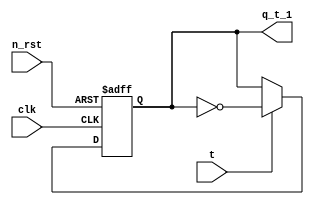
module t_ff (
    input clk,
    input n_rst,
    input t,
    output reg q_t_1 // next state
);

always @(posedge clk or negedge n_rst)
    if(!n_rst)
        q_t_1 <= 1'b0;
    else begin
        q_t_1 <= (t == 1'b1)? ~q_t_1 : q_t_1;
    end

endmodule